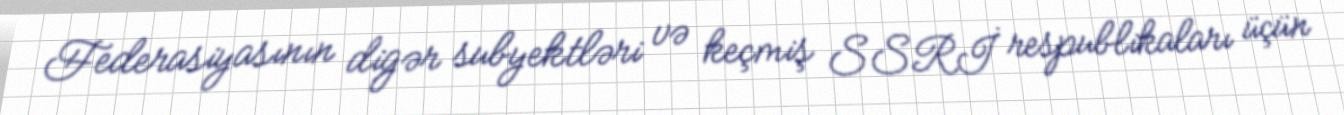
Federasiyasının digər subyektləri və keçmiş SSRİ respublikaları üçün